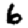
Digit: 6